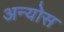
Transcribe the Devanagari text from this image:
अन्योस